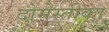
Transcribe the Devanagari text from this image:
दोमेस्तीका